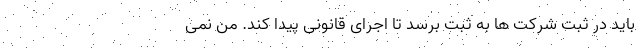
باید در ثبت شرکت‌ ها به ثبت برسد تا اجرای قانونی پیدا کند. من نمی